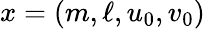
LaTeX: x=(m,\ell,u_{0},v_{0})